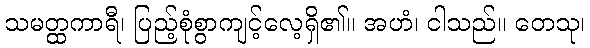
သမတ္ထကာရီ၊ ပြည့်စုံစွာကျင့်လေ့ရှိ၏။ အဟံ၊ ငါသည်။ တေသု၊